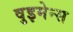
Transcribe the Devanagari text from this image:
वुइमेन्स